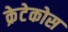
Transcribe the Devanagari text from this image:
क्रेटेकोस